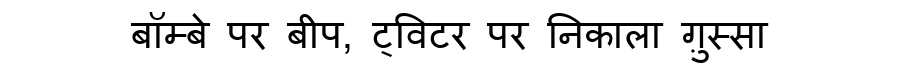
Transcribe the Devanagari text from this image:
बॉम्बे पर बीप, ट्विटर पर निकाला ग़ुस्सा